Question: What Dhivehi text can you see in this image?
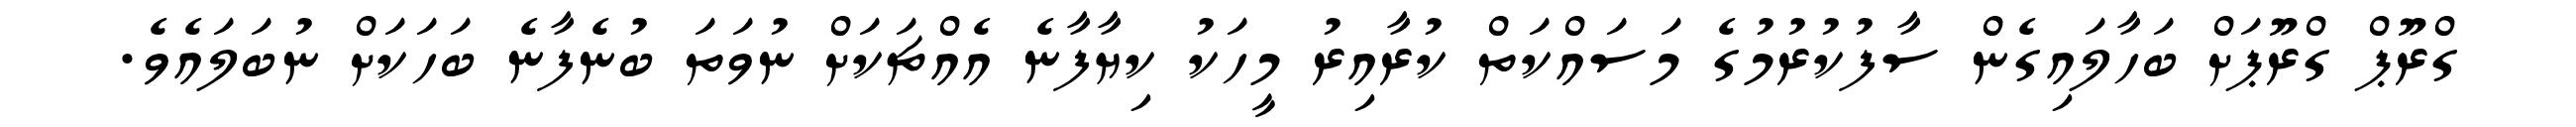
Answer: ގްރޫޕް ގްރޫޕަށް ބަހާލައިގެން ސާފުކުރުމުގެ މަސައްކަތް ކުރާއިރު މީހަކު ކިޔާފާނެ އެއްޗަކަށް ނުވަތަ ބުނެފާނެ ބަހަކަށް ނުބަލައެވެ.